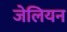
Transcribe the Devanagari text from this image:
जेलियन